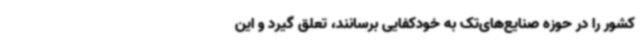
کشور را در حوزه صنایع‌های‌تک به خودکفایی برسانند، تعلق گیرد و این